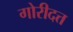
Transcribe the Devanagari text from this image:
गोरीदत्त